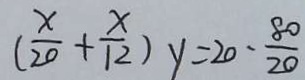
( \frac { x } { 2 0 } + \frac { x } { 1 2 } ) y = 2 0 - \frac { 8 0 } { 2 0 }